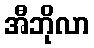
အီဘိုလာ